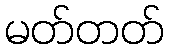
မတ်တတ်